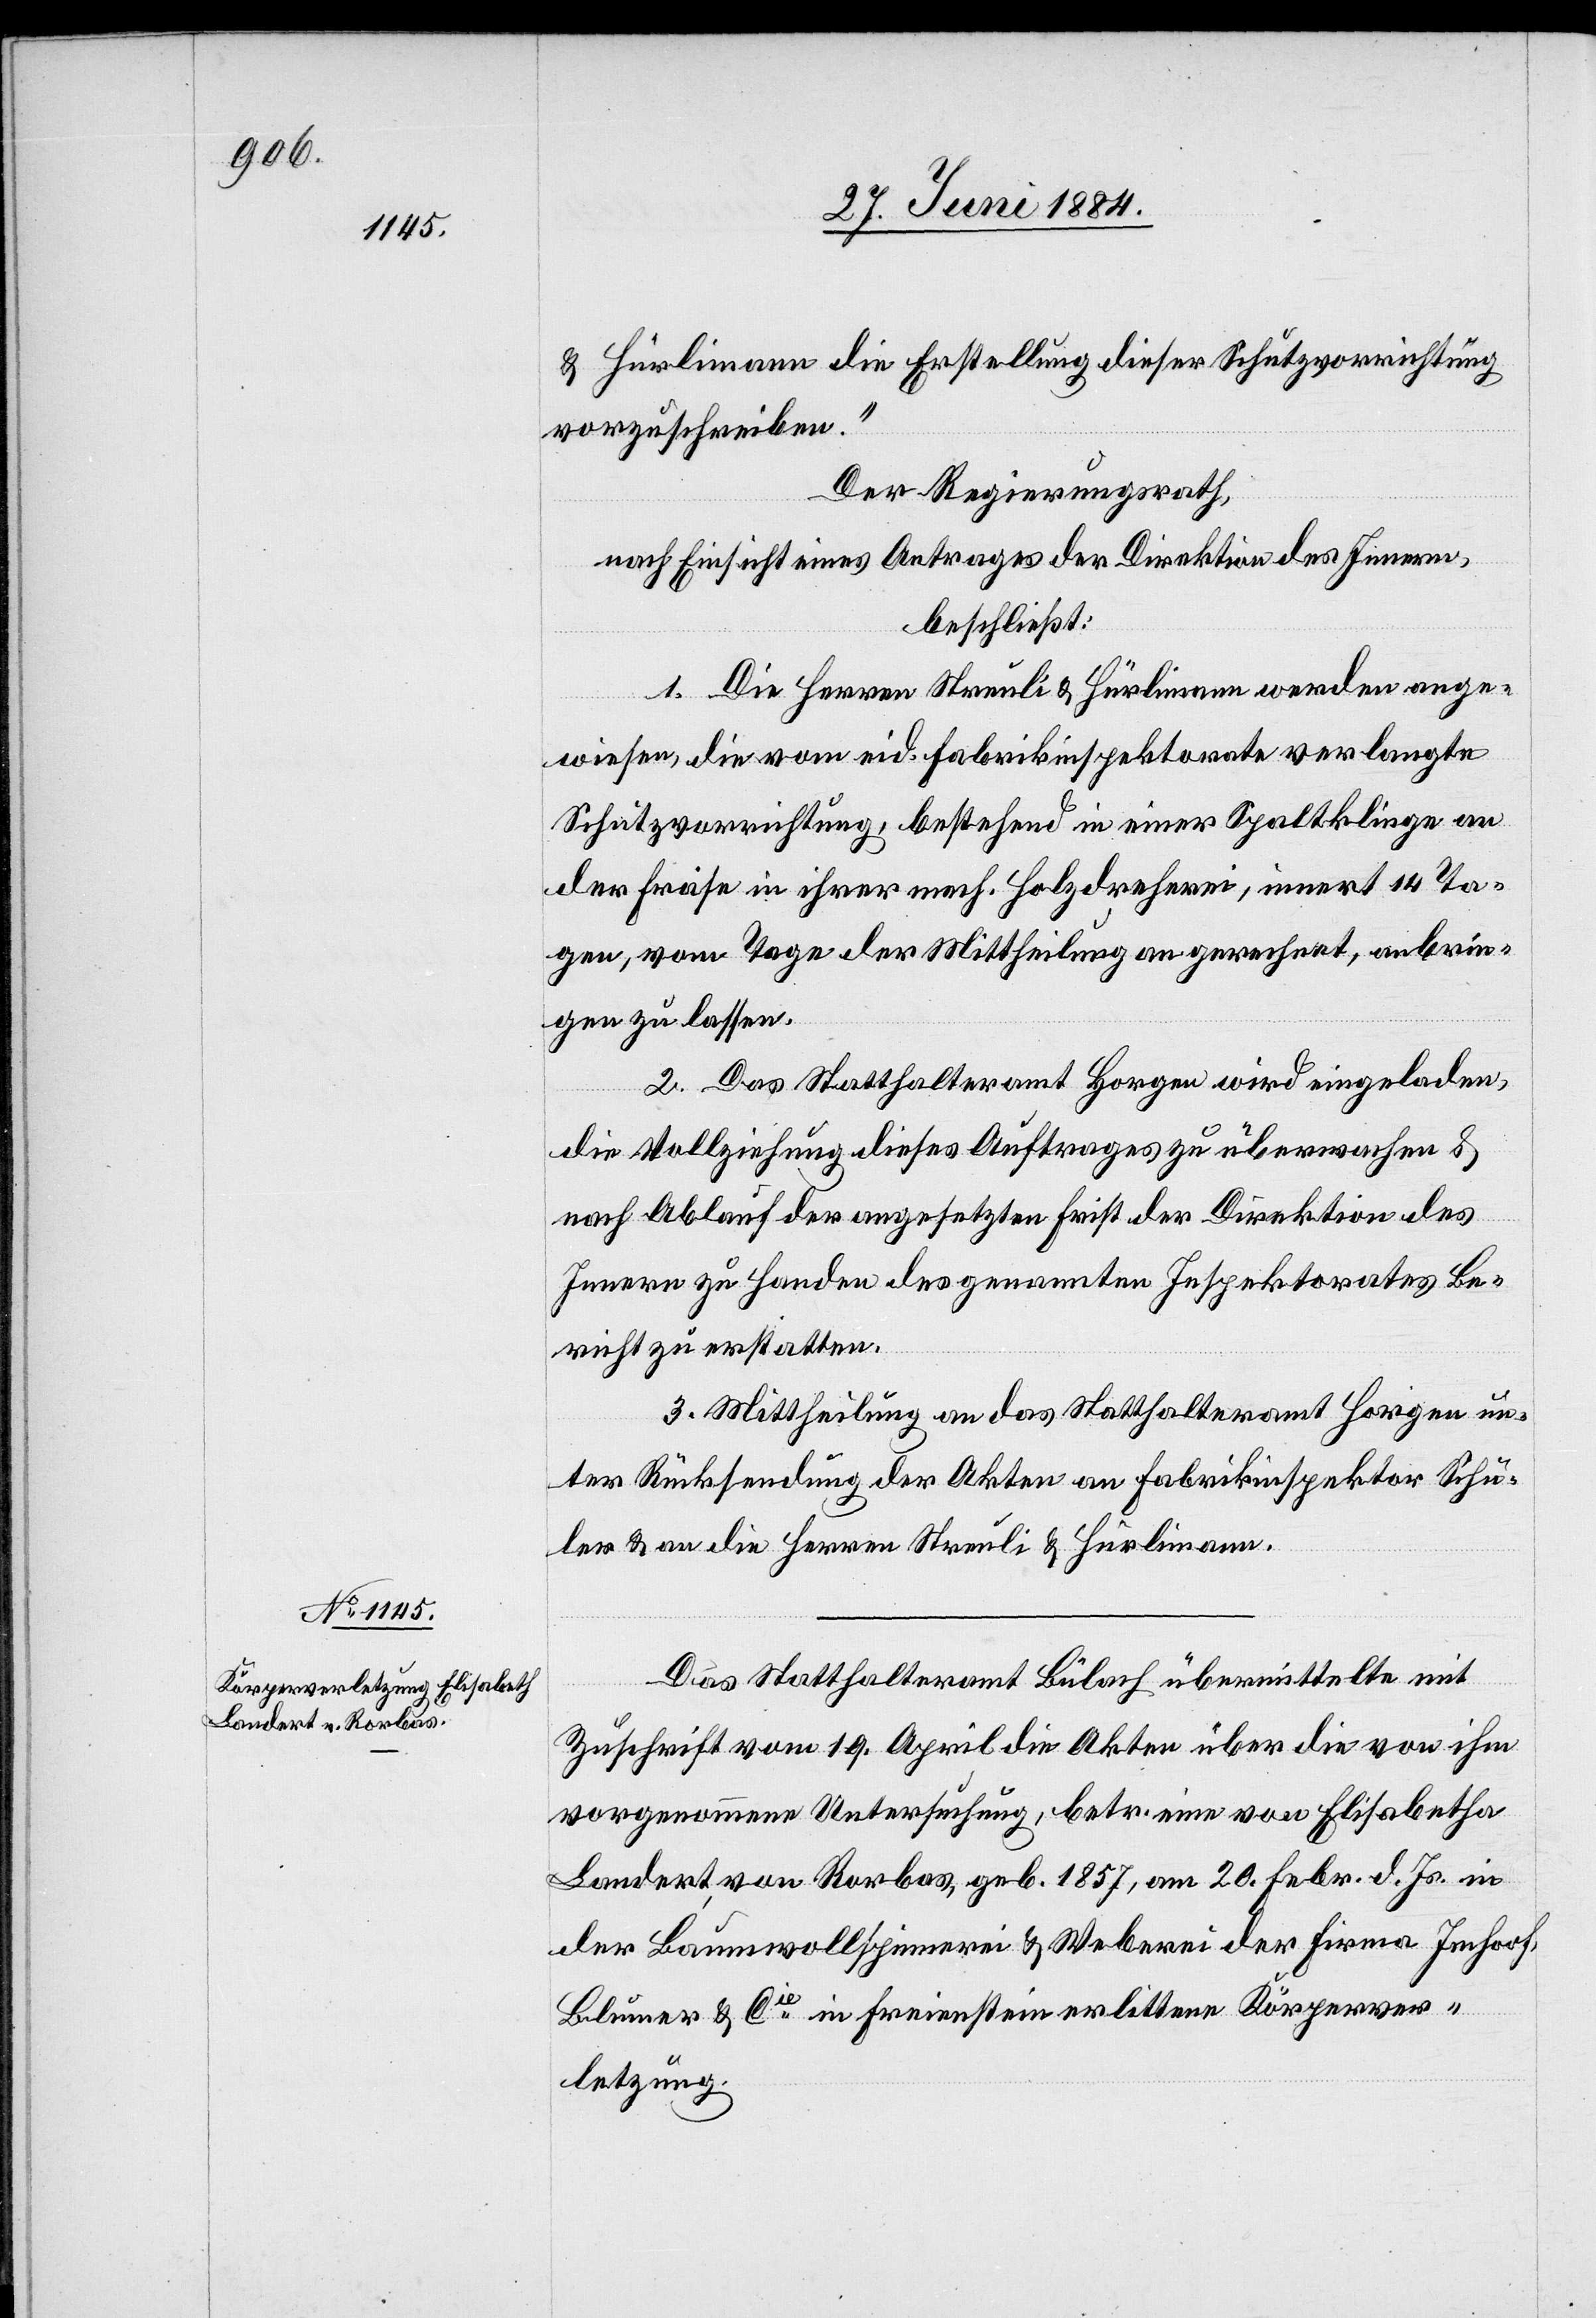
& Hürlimann die Erstellung dieser Schutzvorrichtung
vorzuschreiben.“
Der Regierungsrath,
nach Einsicht eines Antrages der Direktion des Innern,
beschließt:
1. Die Herren Streuli & Hürlimann werden ange¬
wiesen, die vom eid. Fabrikinspektor verlangte
Schutzvorrichtung, bestehend in einer Spaltklinge an
der Fräse in ihrer mech. Holzdreherei, innert 14 Ta¬
gen, vom Tage der Mittheilung an gerechnet, anbrin¬
gen zu lassen.
2. Das Statthalteramt Horgen wird eingeladen,
die Vollziehung dieses Auftrages zu überwachen &
nach Ablauf der angesetzten Frist der Direktion des
Innern zu Handen des genannten Inspektorates Be¬
richt zu erstatten.
3. Mittheilung an das Statthalteramt Horgen un¬
ter Rücksendung der Akten an Fabrikinspektor Schu¬
ler & an die Herren Streuli & Hürlimann.
Das Statthalteramt Bülach übermittelte mit
Zuschrift vom 19. April die Akten über die von ihm
vorgenommene Untersuchung, betr. eine von Elisabetha
Landert von Rorbas, geb. 1857, am 20. Febr. d. Js. in
der Baumwollspinnerei & Weberei der Firma Imhoof,
Blumer & Cie in Freienstein erlittene Körperver¬
letzung.